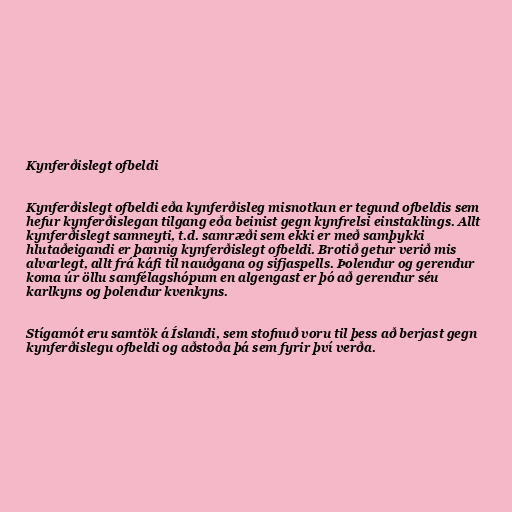
Kynferðislegt ofbeldi

Kynferðislegt ofbeldi eða kynferðisleg misnotkun er tegund ofbeldis sem
hefur kynferðislegan tilgang eða beinist gegn kynfrelsi einstaklings. Allt
kynferðislegt samneyti, t.d. samræði sem ekki er með samþykki
hlutaðeigandi er þannig kynferðislegt ofbeldi. Brotið getur verið mis
alvarlegt, allt frá káfi til nauðgana og sifjaspells. Þolendur og gerendur
koma úr öllu samfélagshópum en algengast er þó að gerendur séu
karlkyns og þolendur kvenkyns.

Stígamót eru samtök á Íslandi, sem stofnuð voru til þess að berjast gegn
kynferðislegu ofbeldi og aðstoða þá sem fyrir því verða.